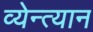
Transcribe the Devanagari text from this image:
व्येन्त्यान